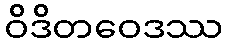
ဝိဒိတဝေဒဿ